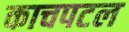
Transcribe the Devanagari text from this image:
काचपटल